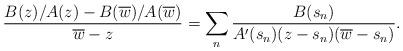
LaTeX: \begin{align*}\frac{B(z)/A(z)-B(\overline{w})/A(\overline{w})}{\overline{w}-z}=\sum_n\frac{B(s_n)}{A'(s_n)(z-s_n)(\overline{w}-s_n)}.\end{align*}